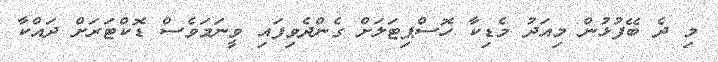
މި ދެ ބޭފުޅުން މިއަދު މެޑިކާ ހޮސްޕިޓަލަށް ގެންދެވިފައި ވީނަމަވެސް ޑޮކްޓަރަށް ދައްކާ